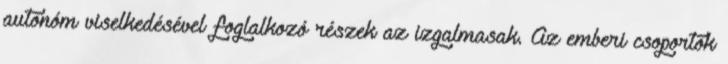
autonóm viselkedésével foglalkozó részek az izgalmasak. Az emberi csoportok